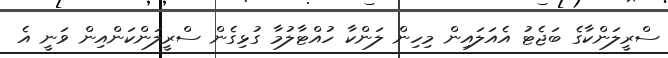
ސްރީލަންކާގެ ބަޖެޓު އެއަލައިން މިހިން ލަންކާ ހުއްޓާލުމާ ގުޅިގެން ސްރީލަންކަންއިން ވަނީ އެ